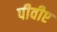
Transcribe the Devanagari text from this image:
पीवीए